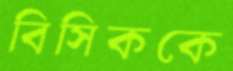
বিসিককে